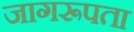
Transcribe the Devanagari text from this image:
जागरूपता